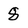
Character: 8